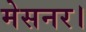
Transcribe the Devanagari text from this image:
मेसनर।